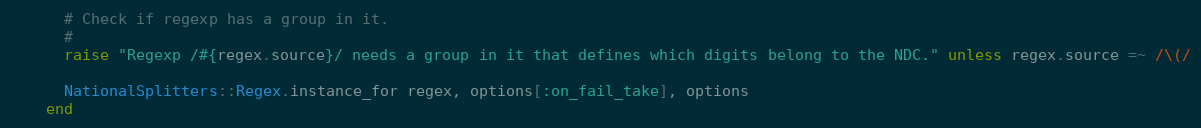
Language: Ruby
      # Check if regexp has a group in it.
      #
      raise "Regexp /#{regex.source}/ needs a group in it that defines which digits belong to the NDC." unless regex.source =~ /\(/

      NationalSplitters::Regex.instance_for regex, options[:on_fail_take], options
    end